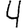
Digit: 4